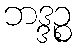
ဘဒ္ဒဉ္စ